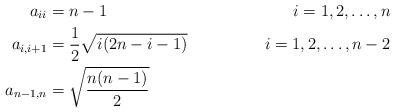
LaTeX: \begin{align*}a_{ii} &= n-1 & i=1,2,\dots,n\\a_{i,i+1} &= \frac{1}{2} \sqrt{i (2n - i - 1)} & i = 1, 2, \dots, n-2 \\a_{n-1,n} &= \sqrt{\frac{n(n-1)}{2}}\end{align*}